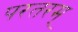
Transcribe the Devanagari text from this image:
परतरम्